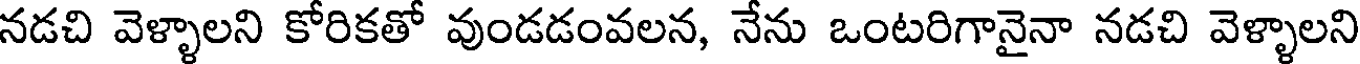
నడచి వెళ్ళాలని కోరికతో వుండడంవలన, నేను ఒంటరిగానైనా నడచి వెళ్ళాలని